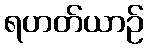
ရဟတ်ယာဉ်